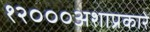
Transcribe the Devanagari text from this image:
१२०००अशाप्रकारे